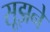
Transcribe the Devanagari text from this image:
सूझने